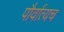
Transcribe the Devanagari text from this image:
पौर्वात्यच